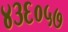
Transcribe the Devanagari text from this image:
४३६०५७